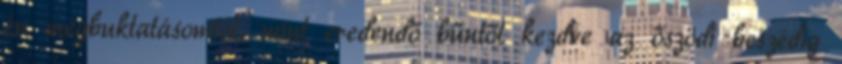
én megbuktatásomtól, mint eredendő bűntől kezdve az őszödi beszédig